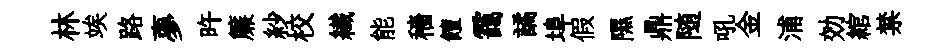
林竢路夣旿簾紗校纎能穡饘靄譎埠假隰鼎随吼金浦効綰禁